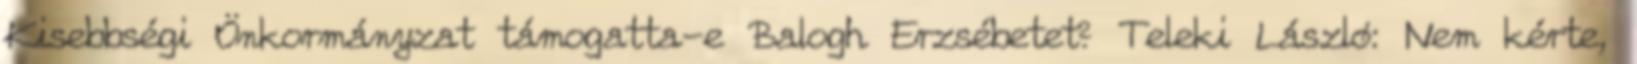
Kisebbségi Önkormányzat támogatta-e Balogh Erzsébetet? Teleki László: Nem kérte,